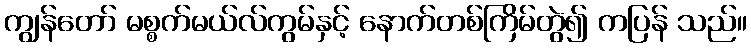
ကျွန်တော် မစ္စက်မယ်လ်ကွမ်နှင့် နောက်တစ်ကြိမ်တွဲ၍ ကပြန် သည်။